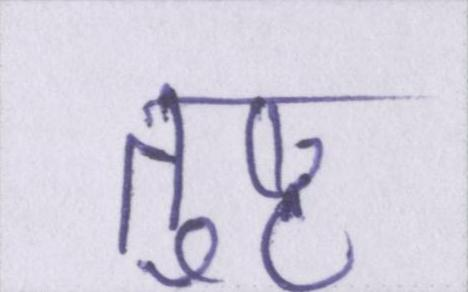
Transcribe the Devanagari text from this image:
तुष्ट